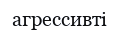
агрессивті